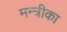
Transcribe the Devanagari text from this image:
मन्त्रीका